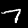
Label: 7